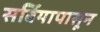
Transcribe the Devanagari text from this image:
सर्बियापासून